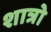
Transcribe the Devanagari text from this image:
शात्रो